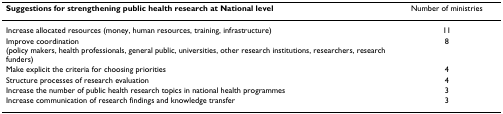
<table><thead><tr><td><b>Suggestions for strengthening public health research at National level</b></td><td><b>Number of ministries</b></td></tr></thead><tbody><tr><td>Increase allocated resources (money, human resources, training, infrastructure)</td><td>11</td></tr><tr><td>Improve coordination (policy makers, health professionals, general public, universities, other research institutions, researchers, research funders)</td><td>8</td></tr><tr><td>Make explicit the criteria for choosing priorities</td><td>4</td></tr><tr><td>Structure processes of research evaluation</td><td>4</td></tr><tr><td>Increase the number of public health research topics in national health programmes</td><td>3</td></tr><tr><td>Increase communication of research findings and knowledge transfer</td><td>3</td></tr></tbody></table>